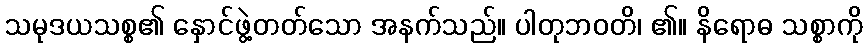
သမုဒယသစ္စ၏ နှောင်ဖွဲ့တတ်သော အနက်သည်။ ပါတုဘဝတိ၊ ၏။ နိရောဓ သစ္စာကို